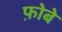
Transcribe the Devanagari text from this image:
फ़ोबे